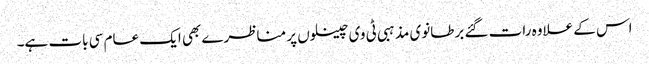
اس کے علاوہ رات گئے برطانوی مذہبی ٹی وی چینلوں پر مناظرے بھی ایک عام سی بات ہے۔